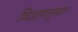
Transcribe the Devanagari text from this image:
विज्ञानानूसार